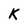
Character: K